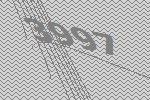
3997